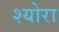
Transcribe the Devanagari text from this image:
श्योरा